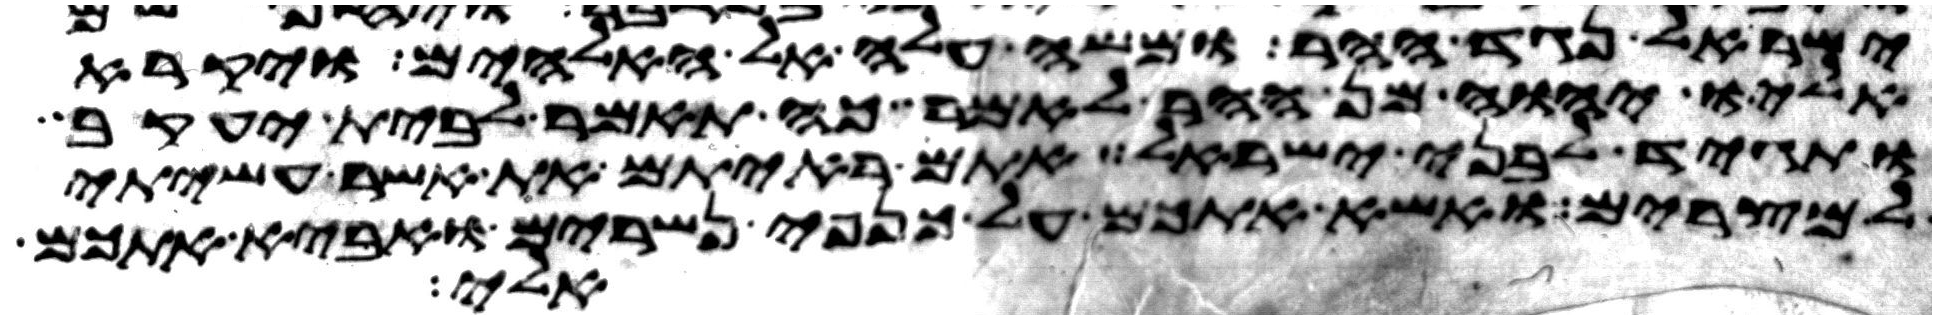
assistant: ישראל נגד ההר ומשה עלה אל האלהים ויקרא
אליו יהוה מן ההר לאמר כה תאמר לבית יעקב
ותגיד לבני ישראל אתם ראיתם את אשר עשיתי
למצרים ואשא אתכם על כנפי נשרים ואביא אתכם
אלי